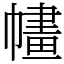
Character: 𢄶